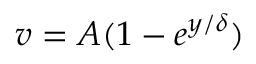
v = A ( 1 - e ^ { { y } / { \delta } } )